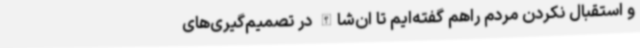
و استقبال نکردن مردم راهم گفته‌ایم تا ان‌شاالله در تصمیم‌گیری‌های